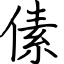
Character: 傃